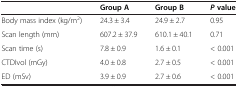
<table><thead><tr><td><b> </b></td><td><b>Group A</b></td><td><b>Group B</b></td><td><b><i>P </i>value</b></td></tr></thead><tbody><tr><td>Body mass index (kg/m<sup>2</sup>)</td><td>24.3 ± 3.4</td><td>24.9 ± 2.7</td><td>0.95</td></tr><tr><td>Scan length (mm)</td><td>607.2 ± 37.9</td><td>610.1 ± 40.1</td><td>0.71</td></tr><tr><td>Scan time (s)</td><td>7.8 ± 0.9</td><td>1.6 ± 0.1</td><td>&lt; 0.001</td></tr><tr><td>CTDIvol (mGy)</td><td>4.0 ± 0.8</td><td>2.7 ± 0.5</td><td>&lt; 0.001</td></tr><tr><td>ED (mSv)</td><td>3.9 ± 0.9</td><td>2.7 ± 0.6</td><td>&lt; 0.001</td></tr></tbody></table>